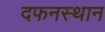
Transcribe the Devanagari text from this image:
दफनस्थान